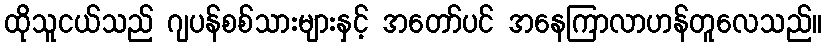
ထိုသူငယ်သည် ဂျပန်စစ်သားများနှင့် အတော်ပင် အနေကြာလာဟန်တူလေသည်။